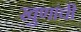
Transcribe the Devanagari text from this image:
खुणांची